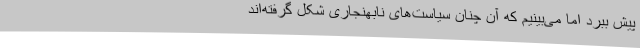
پیش ببرد اما می‌بینیم که آن چنان سیاست‌‌های نابهنجاری شکل گرفته‌اند